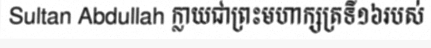
Sultan Abdullah ក្លាយជាព្រះមហាក្សត្រទី១៦របស់